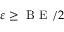
\varepsilon \ge \textrm { B E } / 2